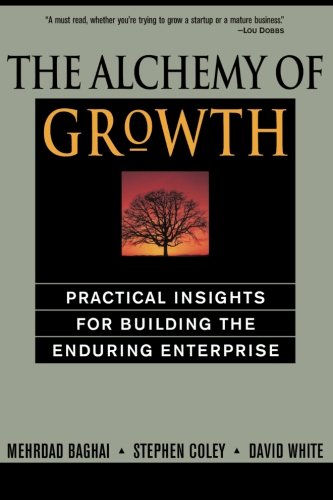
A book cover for The Alchemy of Growth: Practical Insights for Building the Enduring Enterprise; Mehrdad Baghai; Business & Money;